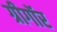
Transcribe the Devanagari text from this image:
ग्रीगॉर